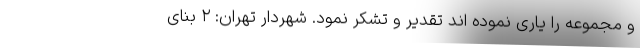
و مجموعه را یاری نموده اند تقدیر و تشکر نمود. شهردار تهران: ۲ بنای